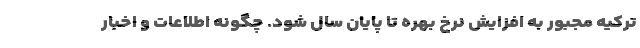
ترکیه مجبور به افزایش نرخ بهره تا پایان سال شود. چگونه اطلاعات و اخبار